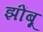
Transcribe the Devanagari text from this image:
झोंंबू